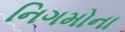
નિગમોના